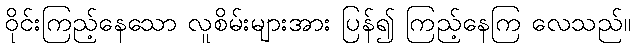
ဝိုင်းကြည့်နေသော လူစိမ်းများအား ပြန်၍ ကြည့်နေကြ လေသည်။